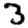
Digit: 3